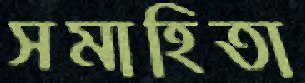
সমাহিতা